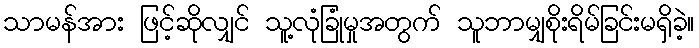
သာမန်အား ဖြင့်ဆိုလျှင် သူ့လုံခြုံမှုအတွက် သူဘာမျှစိုးရိမ်ခြင်းမရှိခဲ့။